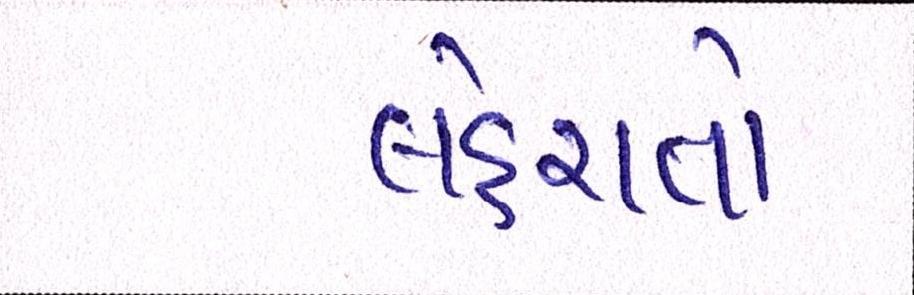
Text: લહેરાતો